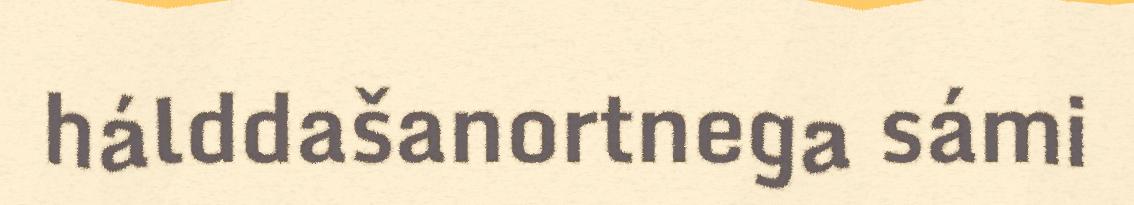
hálddašanortnega sámi